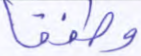
وطفقا